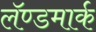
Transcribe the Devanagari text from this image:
लॅण्डमार्क